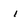
Character: i